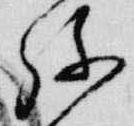
弥